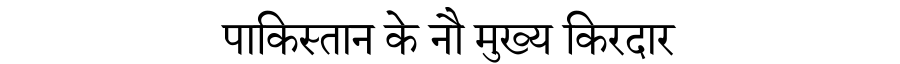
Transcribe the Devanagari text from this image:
पाकिस्तान के नौ मुख्य किरदार